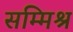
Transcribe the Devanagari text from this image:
सम्‍मिश्र